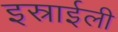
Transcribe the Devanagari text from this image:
इस्राईली